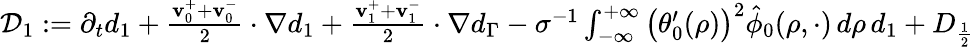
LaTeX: \begin{array}{r}{\mathcal{D}_{1}:=\partial_{t}d_{1}+\frac{\mathbf{v}_{0}^{+}+\mathbf{v}_{0}^{-}}{2}\cdot\nabla d_{1}+\frac{\mathbf{v}_{1}^{+}+\mathbf{v}_{1}^{-}}{2}\cdot\nabla d_{\Gamma}-\sigma^{-1}\int_{-\infty}^{+\infty}\big(\theta_{0}^{\prime}(\rho)\big)^{2}\hat{\phi}_{0}(\rho,\cdot)\, d\rho\, d_{1}+D_{\frac{1}{2}}}\end{array}